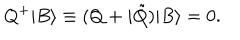
LaTeX: Q ^ { + } | B \rangle \equiv ( Q + i \tilde { Q } ) | B \rangle = 0 .